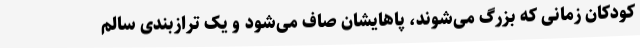
کودکان زمانی که بزرگ می‌شوند، پاهایشان صاف می‌شود و یک ترازبندی سالم